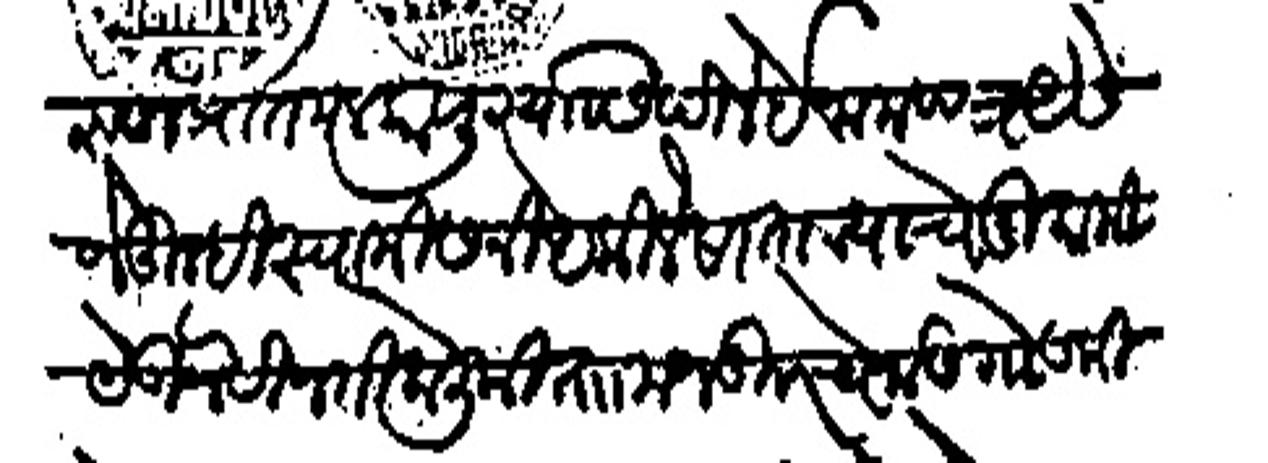
Transliteration (Devanagari): वारुण प्रांत मलकापूर यास दिले इनामपत्र यैसे जे तुम्ही स्वामी संनिध किले साताऱ्याचे मुकामी येवून विनंती केली की ता मजकूरचे नाडगोडकी